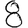
Digit: 8